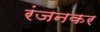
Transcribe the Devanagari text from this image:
रंजनकर